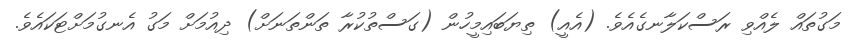
މަގުތައް ލެއްވި ރަސްކަލާނގެއެވެ. (އެއީ) ތިޔަބައިމީހުން (ގަސްތުކުރާ ތަންތަނަށް) ދިއުމަށް މަގު އެނގުމަށްޓަކައެވެ.